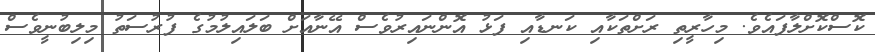
ކޮސްކޮށްލާފައެވެ. މިހާރީތި ރަށްތަކާއި ކަނޑާއި ފަޅު އޮންނައިރުވެސް އޭނާއަށް ބަލައިލުމުގެ ފުރުސަތު މިލިބުނީވެސް